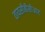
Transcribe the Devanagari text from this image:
वायसीबीसीआर